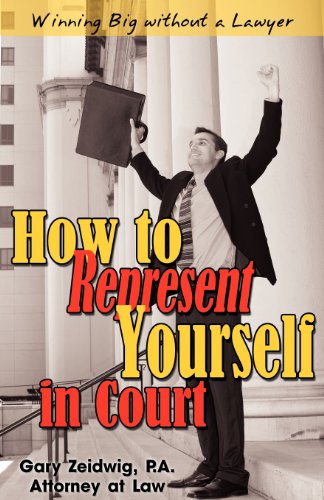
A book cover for How to Represent Yourself in Court; Gary Zeidwig; Law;